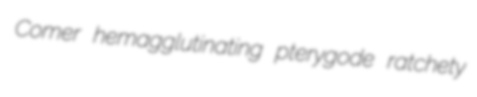
Comer hemagglutinating pterygode ratchety